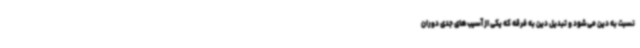
نسبت به دین می‌شود و تبدیل دین به فرقه که یکی از آسیب‌های جدی دوران